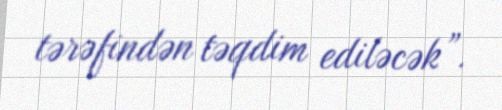
tərəfindən təqdim ediləcək”.